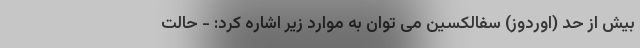
بیش از حد (اوردوز) سفالکسین می توان به موارد زیر اشاره کرد: - حالت